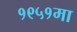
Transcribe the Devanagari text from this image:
१९५१मा